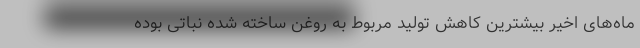
ماه‌های اخیر بیشترین کاهش تولید مربوط به روغن ساخته شده نباتی بوده